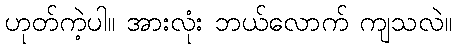
ဟုတ်ကဲ့ပါ။ အားလုံး ဘယ်လောက် ကျသလဲ။